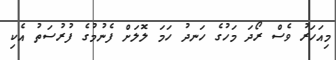
މިއަހަރު ވެސް ރޯދަ މަހުގެ ހަނދު ހަމަ ލޮލަށް ފެނުމުގެ ފުރުސަތު އެކި